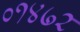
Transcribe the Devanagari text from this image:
०१४७२